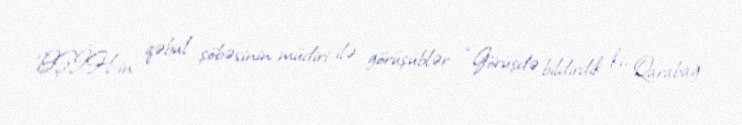
BŞİH-in qəbul şöbəsinin müdiri ilə görüşüblər: “Görüşdə bildirdik ki, Qarabağ